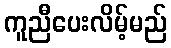
ကူညီပေးလိမ့်မည်